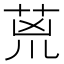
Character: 𮏇